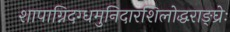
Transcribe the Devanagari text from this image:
शापाग्निदग्धमुनिदारशिलोद्धराङ्घ्रेः